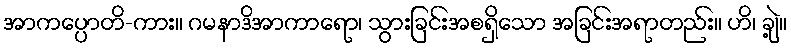
အာကပ္ပောတိ-ကား။ ဂမနာဒိအာကာရော၊ သွားခြင်းအစရှိသော အခြင်းအရာတည်း။ ဟိ၊ ချဲ့။